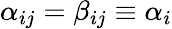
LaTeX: \alpha_{ij}=\beta_{ij}\equiv\alpha_{i}